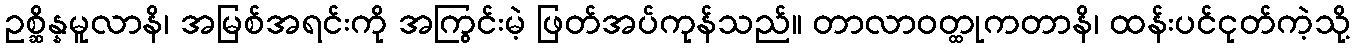
ဥစ္ဆိန္နမူလာနိ၊ အမြစ်အရင်းကို အကြွင်းမဲ့ ဖြတ်အပ်ကုန်သည်။ တာလာဝတ္ထုကတာနိ၊ ထန်းပင်ငုတ်ကဲ့သို့